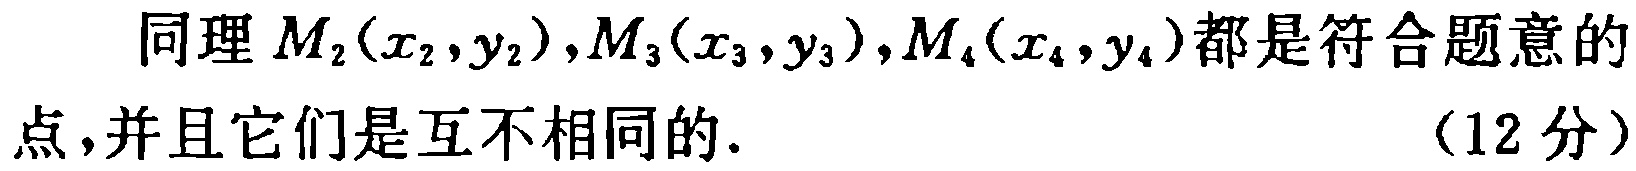
同理 \(M_2(x_2,y_2),M_3(x_3,y_3),M_4(x_4,y_4)\)都是符合题意的点,并且它们是互不相同的. （12 分）